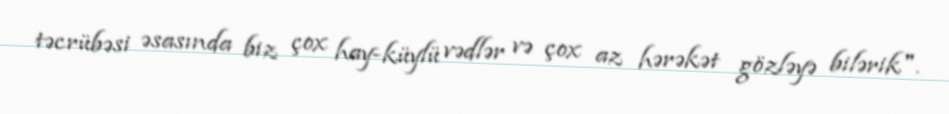
təcrübəsi əsasında biz çox hay-küylü vədlər və çox az hərəkət gözləyə bilərik".